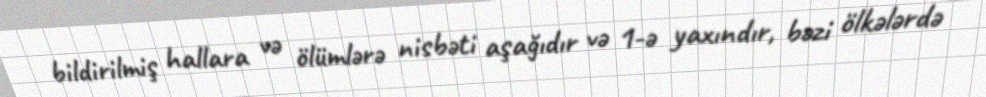
bildirilmiş hallara və ölümlərə nisbəti aşağıdır və 1-ə yaxındır, bəzi ölkələrdə